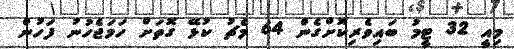
މިއީ 32 ޓީމު ބައިވެރިކޮށްގެން 64 މެޗު ކުޅޭ ގޮތަށް ހަމަޖެހުނު ފަހުން